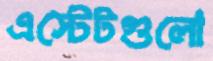
এস্টেটগুলো